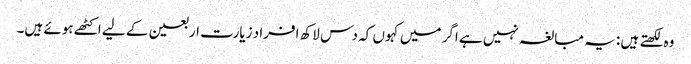
وہ لکھتے ہیں : یہ مبالغہ نہیں ہے اگر میں کہوں کہ دس لاکھ افراد زیارت اربعین کے لیے اکٹھے ہوئے ہیں۔